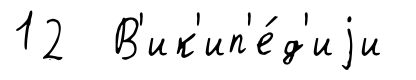
12 В'ик'ип'е́д'иjи